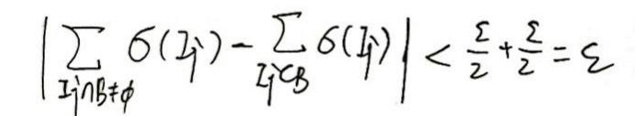
\[
\left|\sum_{I_i \cap B \neq \varnothing} \delta(I_i) - \sum_{I_j \subset B} \delta(I_j)\right| < \frac{\varepsilon}{2} + \frac{\varepsilon}{2} = \varepsilon
\]